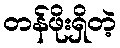
တန်ဖိုးရှိတဲ့